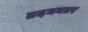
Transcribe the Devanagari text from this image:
तदननतर